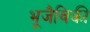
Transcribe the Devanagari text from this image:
भूजैविकी